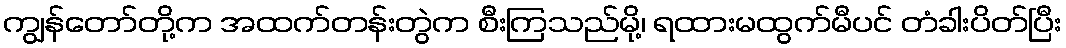
ကျွန်တော်တို့က အထက်တန်းတွဲက စီးကြသည်မို့၊ ရထားမထွက်မီပင် တံခါးပိတ်ပြီး